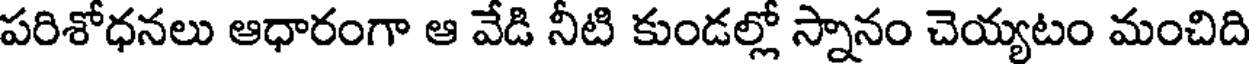
పరిశోధనలు ఆధారంగా ఆ వేడి నీటి కుండల్లో స్నానం చెయ్యటం మంచిది